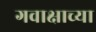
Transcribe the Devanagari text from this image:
गवाक्षाच्या